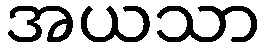
အယသာ